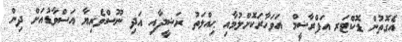
އެގޮތުން ޑޮކްޓަރ އަފްރާޝީމް އަވަހާރަކޮށްލުމާއި ޙިއްލަތު ރަޝީދާއި އަދި ނޫސްވެރިޔާ އަސްވާޑުއަށް ދިން